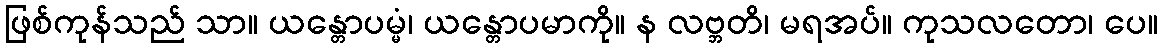
ဖြစ်ကုန်သည် သာ။ ယန္တောပမ္မံ၊ ယန္တောပမာကို။ န လဗ္ဘတိ၊ မရအပ်။ ကုသလတော၊ ပေ။